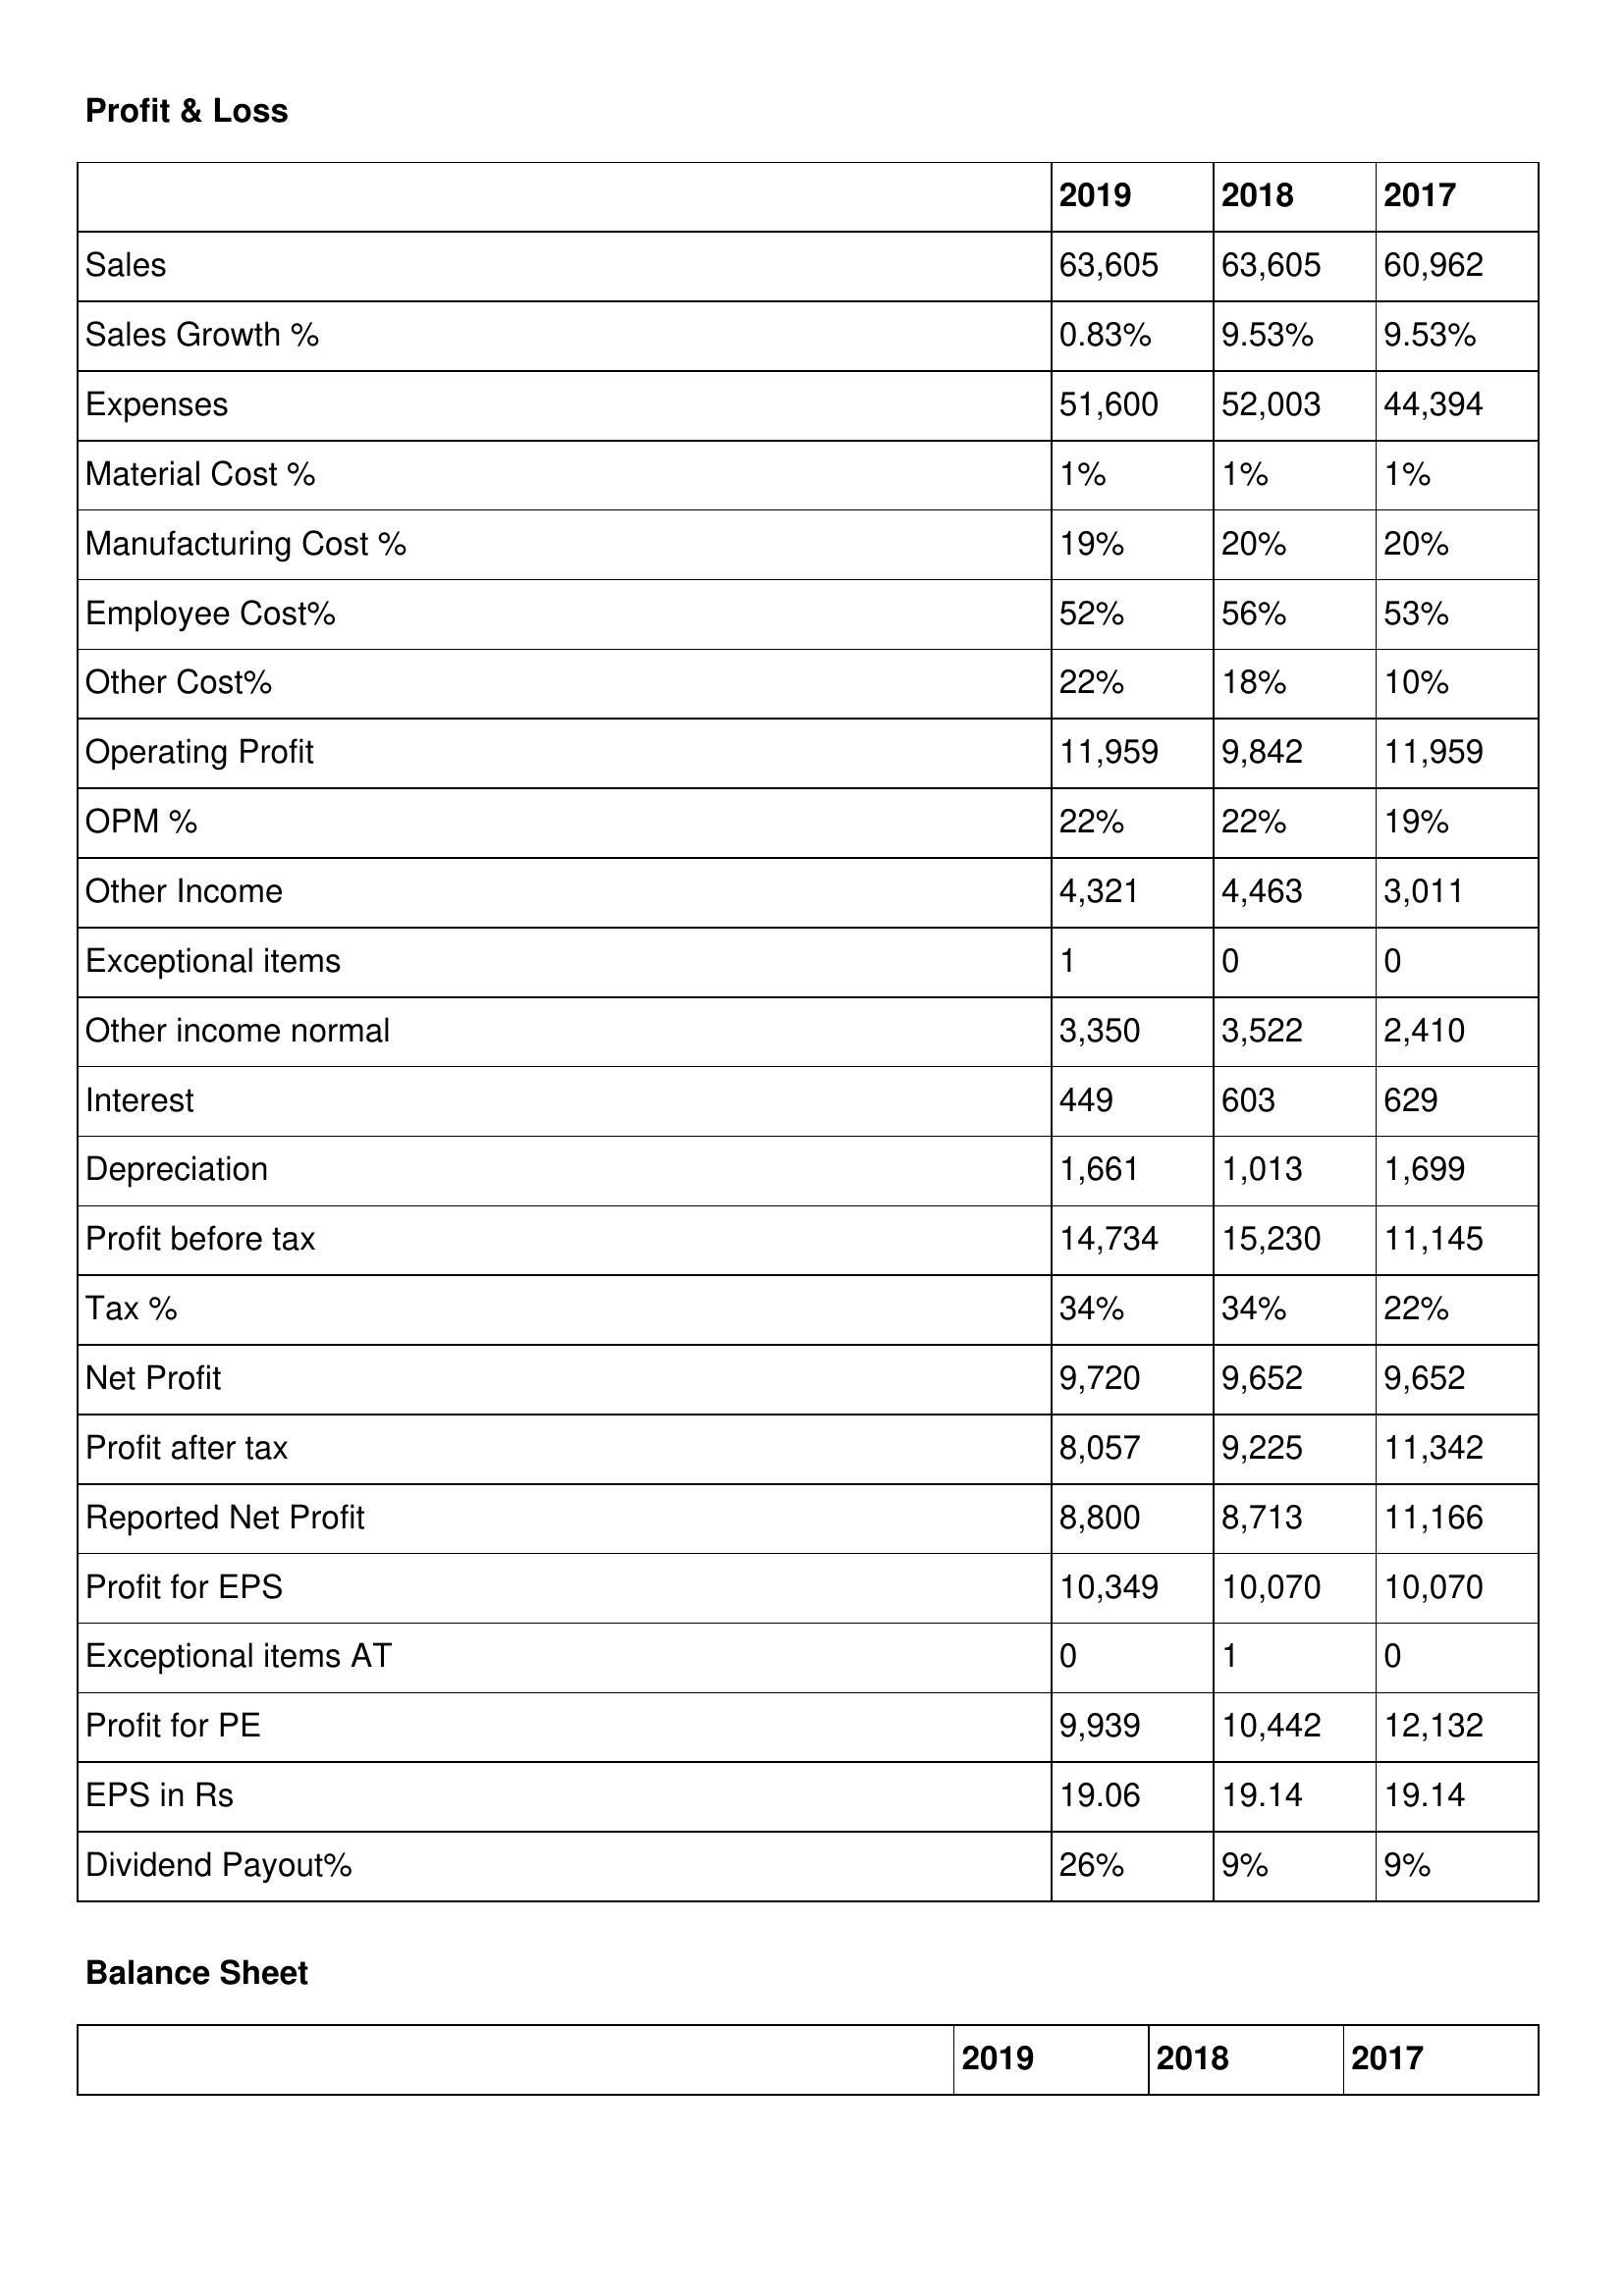
gt_parse: 2019: Profit & Loss: Sales: 63,605
Sales Growth %: 0.83%
Expenses: 51,600
Material Cost %: 1%
Manufacturing Cost %: 19%
Employee Cost%: 52%
Other Cost%: 22%
Operating Profit: 11,959
OPM %: 22%
Other Income: 4,321
Exceptional items: 1
Other income normal: 3,350
Interest: 449
Depreciation: 1,661
Profit before tax: 14,734
Tax %: 34%
Net Profit: 9,720
Profit after tax: 8,057
Reported Net Profit: 8,800
Profit for EPS: 10,349
Exceptional items AT: 0
Profit for PE: 9,939
EPS in Rs: 19.06
Dividend Payout%: 26%
2018: Profit & Loss: Sales: 63,605
Sales Growth %: 9.53%
Expenses: 52,003
Material Cost %: 1%
Manufacturing Cost %: 20%
Employee Cost%: 56%
Other Cost%: 18%
Operating Profit: 9,842
OPM %: 22%
Other Income: 4,463
Exceptional items: 0
Other income normal: 3,522
Interest: 603
Depreciation: 1,013
Profit before tax: 15,230
Tax %: 34%
Net Profit: 9,652
Profit after tax: 9,225
Reported Net Profit: 8,713
Profit for EPS: 10,070
Exceptional items AT: 1
Profit for PE: 10,442
EPS in Rs: 19.14
Dividend Payout%: 9%
2017: Profit & Loss: Sales: 60,962
Sales Growth %: 9.53%
Expenses: 44,394
Material Cost %: 1%
Manufacturing Cost %: 20%
Employee Cost%: 53%
Other Cost%: 10%
Operating Profit: 11,959
OPM %: 19%
Other Income: 3,011
Exceptional items: 0
Other income normal: 2,410
Interest: 629
Depreciation: 1,699
Profit before tax: 11,145
Tax %: 22%
Net Profit: 9,652
Profit after tax: 11,342
Reported Net Profit: 11,166
Profit for EPS: 10,070
Exceptional items AT: 0
Profit for PE: 12,132
EPS in Rs: 19.14
Dividend Payout%: 9%